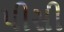
પીસી